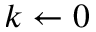
k \gets 0